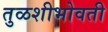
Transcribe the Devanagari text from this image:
तुळशीभोवती